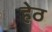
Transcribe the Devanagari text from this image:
हेठ